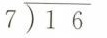
16\div7